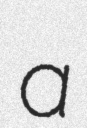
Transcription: a